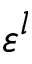
\varepsilon ^ { l }